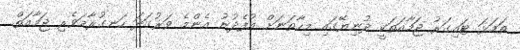
ތަމަޅަ ޓައިގަރު ޖަމާއަތަކީ ދުނިޔޭގައި މިހާތަނަށް އުފެދުނު އެންމެ ވަރުގަދަ ހަނގުރާމަވެރި ޖަމާއަތް